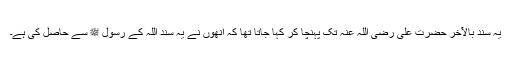
یہ سند بالآخر حضرت علی رضی اللہ عنہ تک پہنچا کر کہا جاتا تھا کہ انھوں نے یہ سند اللہ کے رسول ﷺ سے حاصل کی ہے۔